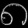
Digit: ၈